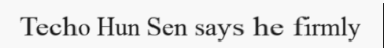
Techo Hun Sen says he firmly